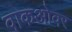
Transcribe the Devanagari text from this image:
वाकओवर